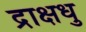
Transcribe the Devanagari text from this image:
द्राक्षधु